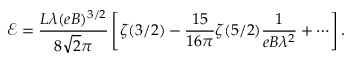
\mathcal { E } = \frac { L \lambda ( e B ) ^ { 3 / 2 } } { 8 \sqrt { 2 } \pi } \left[ \zeta ( 3 / 2 ) - \frac { 1 5 } { 1 6 \pi } \zeta ( 5 / 2 ) \frac { 1 } { e B \lambda ^ { 2 } } + \cdots \right] .